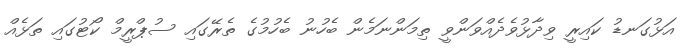
އަޅުގަނޑު ކައިރީ ވިދާޅުވެދެއްވަންވީ ތިމަންނަމެން ބެހުނު ބެހުމުގެ ތެރޭގައި ސުޕްރީމް ކޯޓުގައި ތަޅެއް